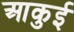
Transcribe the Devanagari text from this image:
आकुई